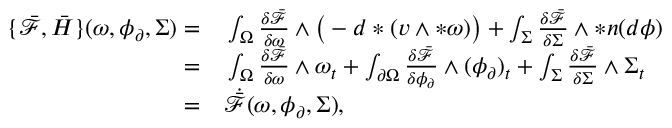
\begin{array} { r l } { \{ \bar { \mathcal { F } } , \bar { H } \} ( \omega , \phi _ { \partial } , \Sigma ) = } & { { } \int _ { \Omega } \frac { \delta \bar { \mathcal { F } } } { \delta \omega } \wedge \big ( - d \ast ( v \wedge \ast \omega ) \big ) + \int _ { \Sigma } \frac { \delta \bar { \mathcal { F } } } { \delta \Sigma } \wedge \ast \boldsymbol { n } ( d \phi ) } \\ { = } & { { } \int _ { \Omega } \frac { \delta \bar { \mathcal { F } } } { \delta \omega } \wedge \omega _ { t } + \int _ { \partial \Omega } \frac { \delta \bar { \mathcal { F } } } { \delta \phi _ { \partial } } \wedge ( \phi _ { \partial } ) _ { t } + \int _ { \Sigma } \frac { \delta \bar { \mathcal { F } } } { \delta \Sigma } \wedge \Sigma _ { t } } \\ { = } & { { } \dot { \bar { \mathcal { F } } } ( \omega , \phi _ { \partial } , \Sigma ) , } \end{array}